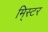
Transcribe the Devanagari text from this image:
मि्स्टर